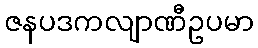
ဇနပဒကလျာဏီဥပမာ